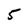
Character: 5